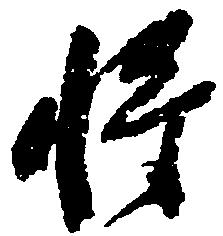
将